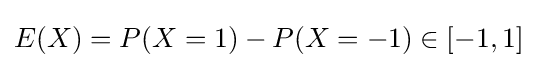
E(X)=P(X=1)-P(X=-1)\in [-1,1]